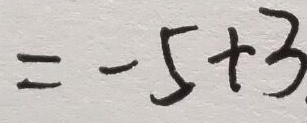
= - 5 + 3